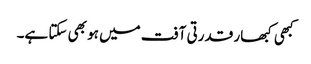
کبھی کبھار قدرتی آفت میں ہو بھی سکتا ہے۔